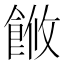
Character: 𬲓